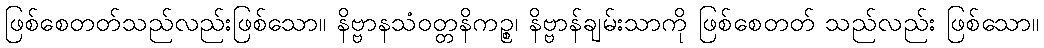
ဖြစ်စေတတ်သည်လည်းဖြစ်သော။ နိဗ္ဗာနသံဝတ္တနိကဉ္စ၊ နိဗ္ဗာန်ချမ်းသာကို ဖြစ်စေတတ် သည်လည်း ဖြစ်သော။